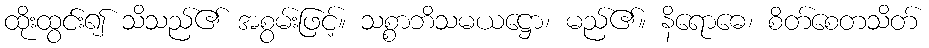
ထိုးထွင်း၍ သိသည်၏ အစွမ်းဖြင့်။ သစ္စာဘိသမယဋ္ဌော၊ မည်၏။ နိရောဓေ၊ စိတ်စေတသိတ်